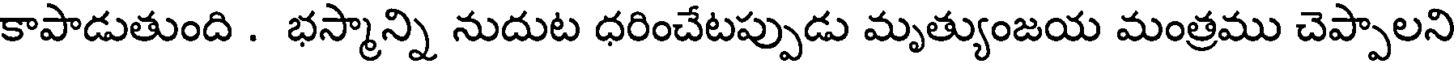
కాపాడుతుంది . భస్మాన్ని నుదుట ధరించేటప్పుడు మృత్యుంజయ మంత్రము చెప్పాలని